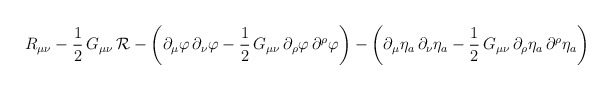
\begin{align*}R_{\mu\nu} - \frac{1}{2}\, G_{\mu\nu}\, {\cal R} - \left(\partial_\mu\varphi\,\partial_\nu\varphi -\frac{1}{2}\,G_{\mu\nu}\,\partial_\rho\varphi\,\partial^\rho\varphi \right) -\left( \partial_\mu\eta_a\,\partial_\nu\eta_a -\frac{1}{2}\,G_{\mu\nu}\,\partial_\rho\eta_a\,\partial^\rho\eta_a\right)\end{align*}